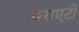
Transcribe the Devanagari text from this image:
वराएटी